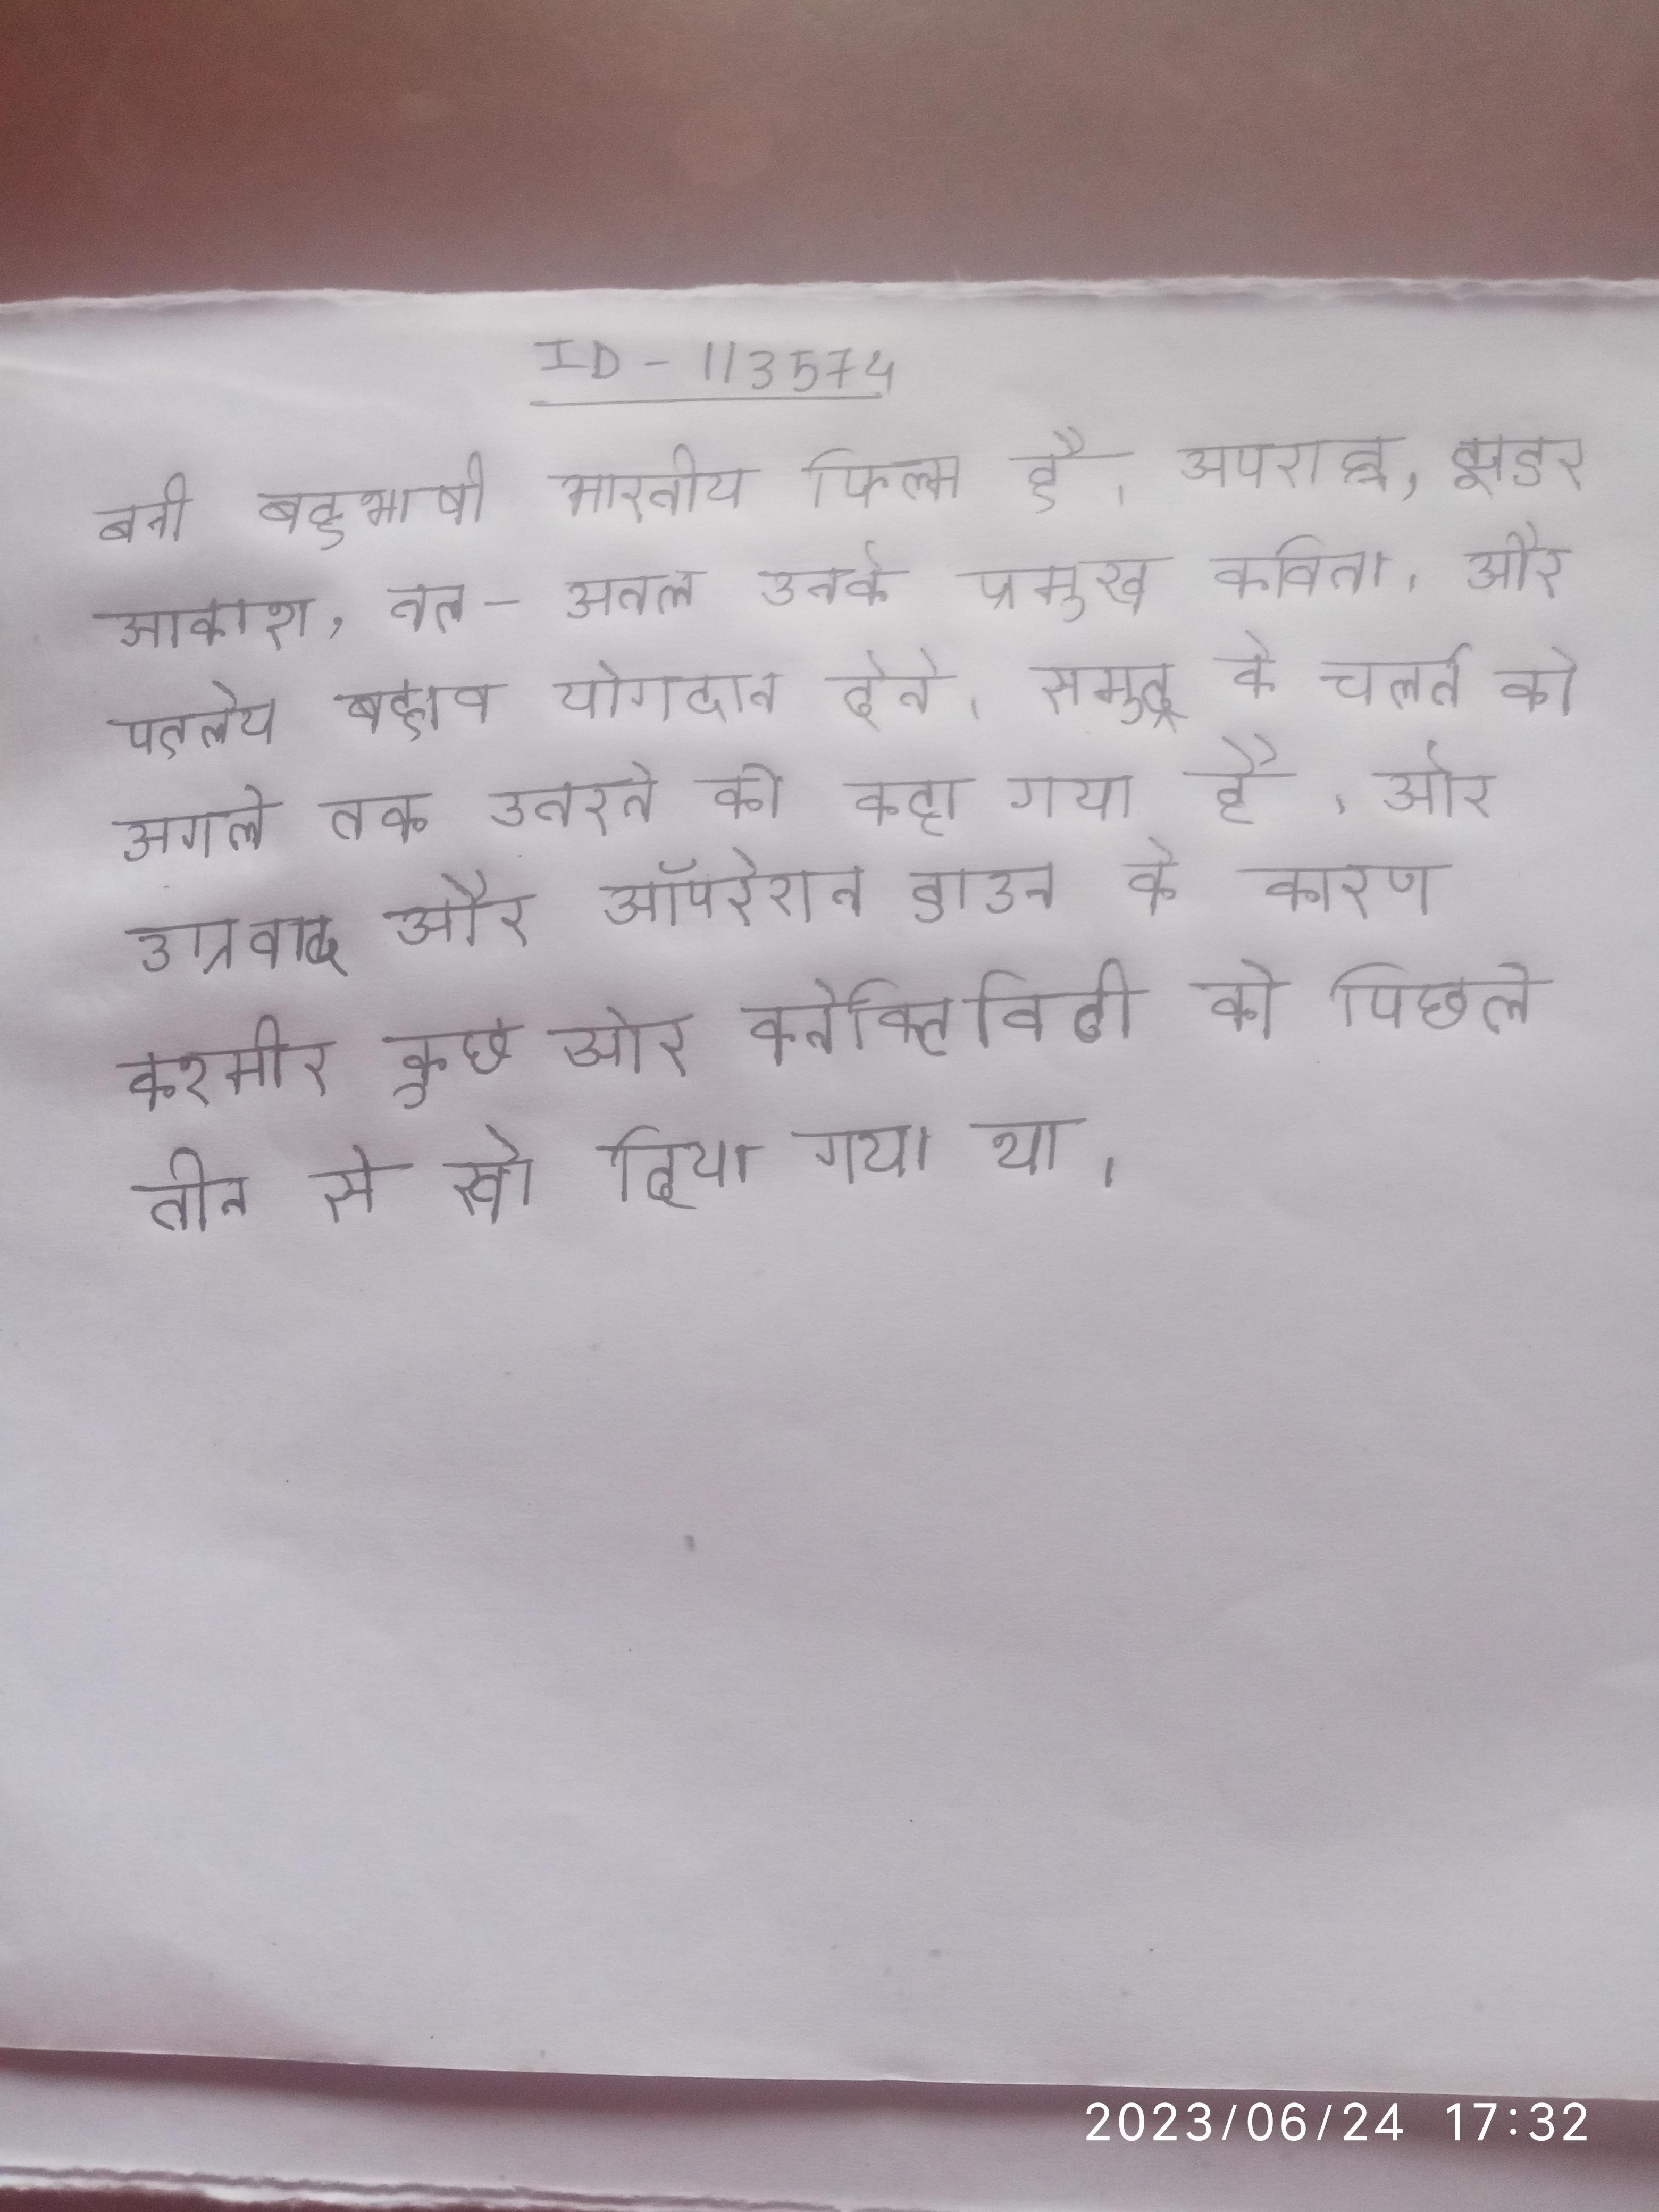
बनी बहुभाषी भारतीय फिल्म है । अपराह्न, झडर आकाश, तल-अतल उनके प्रमुख कविता । और पटलीय बहाव योगदान देते । समुद्र के चलते को अगले तक उतरने को कहा गया है । और उग्रवाद और ऑपरेशन डाउन के कारण कश्मीर कुछ और कनेक्टिविटी को पिछले तीन से खो दिया गया था .